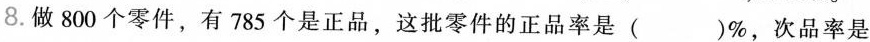
8.做800个零件，有785个是正品，这批零件的正品率是( )%，次品率是